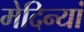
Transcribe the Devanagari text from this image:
मेदिन्यां